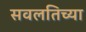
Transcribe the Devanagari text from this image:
सवलतिच्या